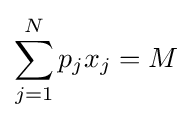
\sum _{j=1}^{N}p_{j}x_{j}=M